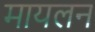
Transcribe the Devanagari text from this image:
मायलन